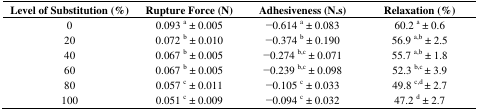
<table><thead><tr><td><b>Level of Substitution (%)</b></td><td><b>Rupture Force (N)</b></td><td><b>Adhesiveness (N.s)</b></td><td><b>Relaxation (%)</b></td></tr></thead><tbody><tr><td>0</td><td>0.093 <sup>a</sup> ± 0.005</td><td>−0.614 <sup>a</sup> ± 0.083</td><td>60.2 <sup>a</sup> ± 0.6</td></tr><tr><td>20</td><td>0.072 <sup>b</sup> ± 0.010</td><td>−0.374 <sup>b</sup> ± 0.190</td><td>56.9 <sup>a,b</sup> ± 2.5</td></tr><tr><td>40</td><td>0.067 <sup>b</sup> ± 0.005</td><td>−0.274 <sup>b,c</sup> ± 0.071</td><td>55.7 <sup>a,b</sup> ± 1.8</td></tr><tr><td>60</td><td>0.067 <sup>b</sup> ± 0.005</td><td>−0.239 <sup>b,c</sup> ± 0.098</td><td>52.3 <sup>b,c </sup> ± 3.9</td></tr><tr><td>80</td><td>0.057 <sup>c</sup> ± 0.011</td><td>−0.105 <sup>c</sup> ± 0.033</td><td>49.8 <sup>c,d </sup> ± 2.7</td></tr><tr><td>100</td><td>0.051 <sup>c</sup> ± 0.009</td><td>−0.094 <sup>c</sup> ± 0.032</td><td>47.2 <sup>d</sup> ± 2.7</td></tr></tbody></table>